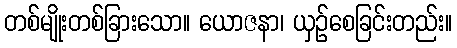
တစ်မျိုးတစ်ခြားသော။ ယောဇနာ၊ ယှဉ်စေခြင်းတည်း။